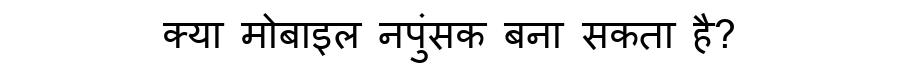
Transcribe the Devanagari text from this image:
क्या मोबाइल नपुंसक बना सकता है?